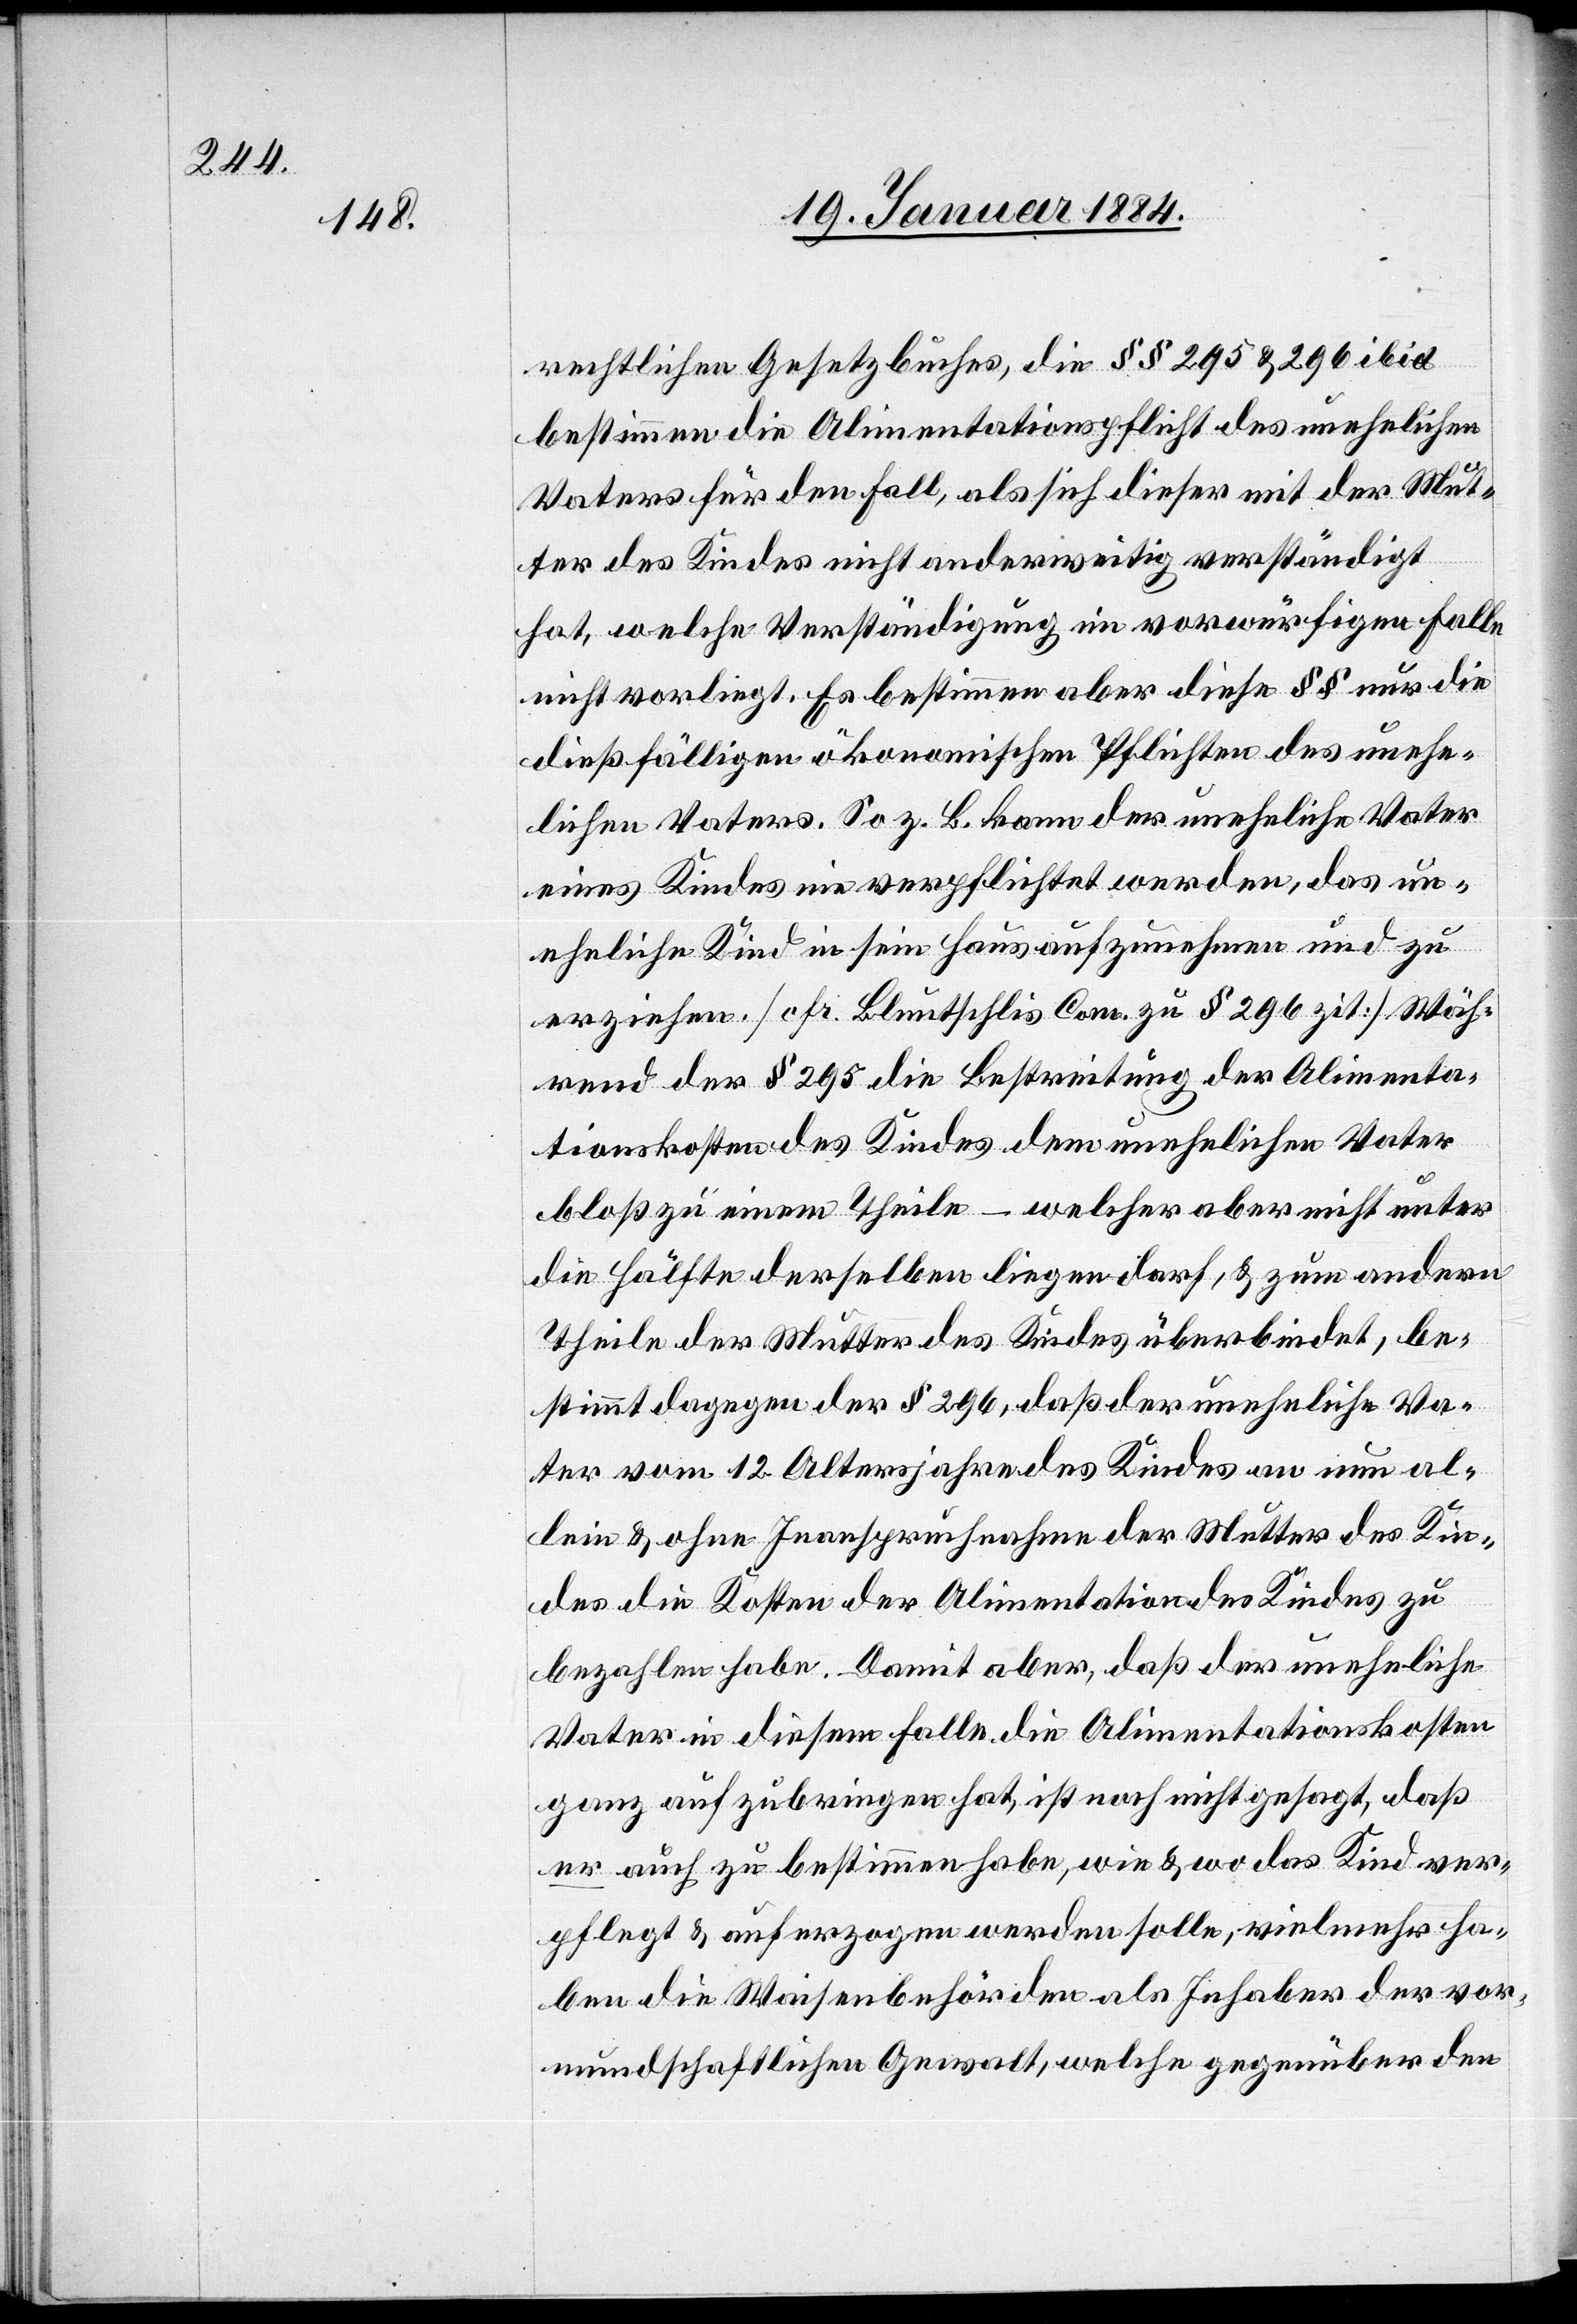
rechtlichen Gesetzbuches, die §§ 295 & 296 ibid
bestimmen die Alimentationspflicht des unehelichen
Vaters für den Fall, als sich dieser mit der Mut¬
ter des Kindes nicht anderweitig verständigt
hat, welche Verständigung im vorwürfigen Falle
nicht vorliegt. Es bestimmen aber diese §§ nur die
dießfälligen ökonomischen Pflichten des unehe¬
lichen Vaters. So z. B. kann der uneheliche Vater
eines Kindes nie verpflichtet werden, das un¬
eheliche Kind in sein Haus aufzunehmen und zu
erziehen. [cfr. Bluntschlis Com. zu § 296 zit.] Wäh¬
rend der § 295 die Bestreitung der Alimenta¬
tionskosten des Kindes dem unehelichen Vater
bloß zu einem Theile – welcher aber nicht unter
der Hälfte derselben liegen darf, & zum andern
Theile der Mutter des Kindes überbindet, be¬
stimmt dagegen der § 296, daß der uneheliche Va¬
ter vom 12. Altersjahre des Kindes an nun al¬
lein & ohne Inanspruchnahme der Mutter des Kin¬
des die Kosten der Alimentation des Kindes zu
bezahlen habe. Damit aber, daß der uneheliche
Vater in diesem Falle die Alimentationskosten
ganz aufzubringen hat, ist noch nicht gesagt, daß
er auch zu bestimmen habe, wie & wo das Kind ver¬
pflegt & auferzogen werden solle, vielmehr ha¬
ben die Waisenbehörden als Inhaber der vor¬
mundschaftlichen Gewalt, welche gegenüber den